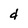
Character: d